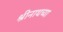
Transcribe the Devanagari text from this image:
श्रीनाथच्या